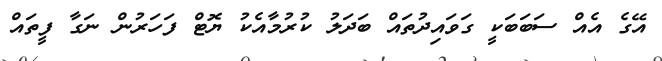
އޭގެ އެއް ސަބަބަކީ ގަވައިދުތައް ބަދަލު ކުރުމާއެކު ޔޮޓް ފަހަރުން ނަގާ ފީތައް